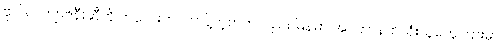
ဗိုလ်လက်ျာဇနီးဆီကို ကလေးဘဝက ပို့တဲ့စာကလည်း မြန်မာ အင်တာနက်သုံးသူတွေကြားမှာ